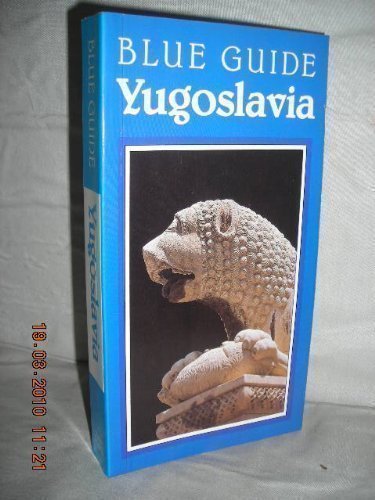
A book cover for Yugoslavia (Blue Guides); Travel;